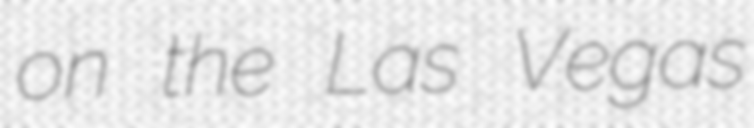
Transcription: on the Las Vegas